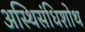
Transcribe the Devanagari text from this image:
अस्थिसंधिशोथ